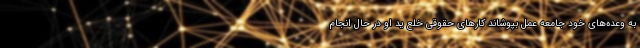
به وعده‌های خود جامعه عمل بپوشاند کارهای حقوقی خلع ید او در حال انجام